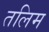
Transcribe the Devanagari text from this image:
तलिम